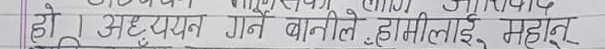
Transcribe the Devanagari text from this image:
हो। अध्ययन गर्न बानीले हामीलाई महान्